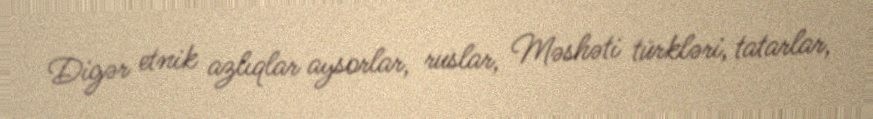
Digər etnik azlıqlar aysorlar, ruslar, Məshəti türkləri, tatarlar,